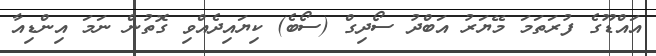
އައްޑޫގެ ފުރަތަމަ މޭޔަރު އަބްދު ސޯދިގް (ސޯބެ) ކިޔައިދެއްވި ގޮތުން ނަމަ އިންޑިއާ